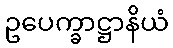
ဥပေက္ခာဋ္ဌာနိယံ